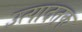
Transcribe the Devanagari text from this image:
उत्पादतक